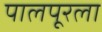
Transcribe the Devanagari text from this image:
पालपूरला